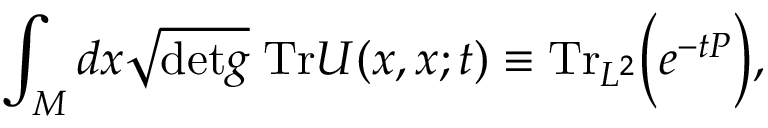
\int _ { M } d x \sqrt { \mathrm { { d e t } } g } \; \mathrm { { T r } } U ( x , x ; t ) \equiv \mathrm { { T r } } _ { L ^ { 2 } } \Bigr ( e ^ { - t P } \Bigr ) ,